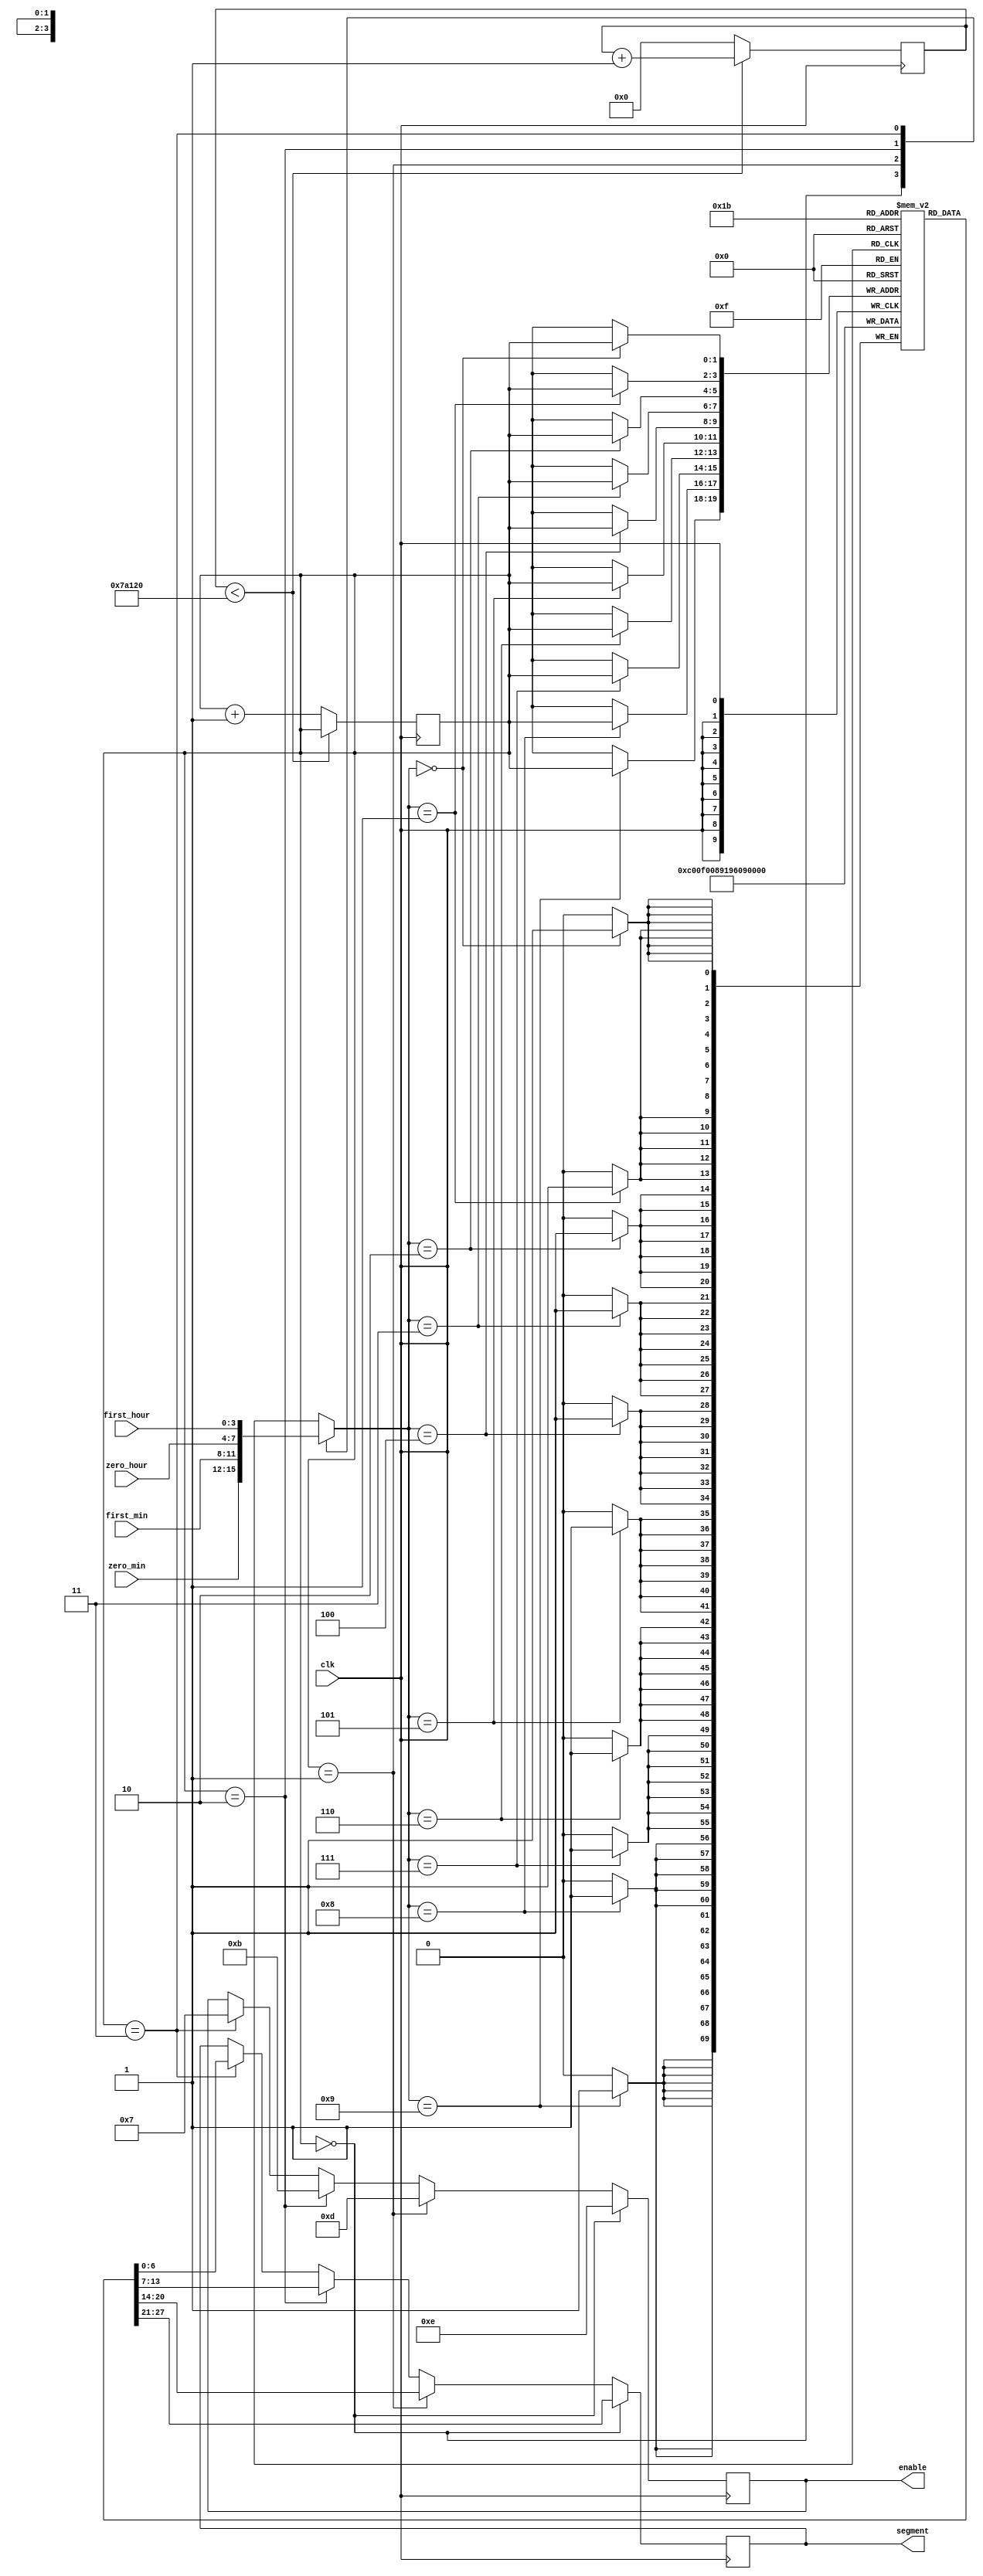
module Seven_Segment(
    input clk, //100MHz
    input [3:0] zero_min,
    input [3:0] first_min,
    input [3:0] zero_hour,
    input [3:0] first_hour,
    output reg [6:0] segment,
    output reg [3:0] enable
    );
    //
    reg [1:0] digit_clk = 0;
    reg [6:0] display_clk [3:0];
    
    reg [18:0] count = 0;
    parameter max_count = 500_000; //half frequency
    wire [3:0] no_to_be_display [3:0];
  
    //assigning values to minutes and hours digits 
      assign no_to_be_display[0] = zero_min;
      assign no_to_be_display[1] = first_min;
      assign no_to_be_display[2] = zero_hour;
      assign no_to_be_display[3] = first_hour;
  
  //slow clk
  
        always @(posedge clk) begin                  
        if (count < max_count) begin
            count <= count+1;
        end else begin
            digit_clk <= digit_clk + 1;
            count <= 0;
        end
   //basys 3 board has active low logic
   
   //converting BCD to seven segment display for clock to  be display on FPGA
     case(no_to_be_display[digit_clk]) 
			 4'b0000 : display_clk[digit_clk] <= 7'b1000000; //0
			 4'b0001 : display_clk[digit_clk] <= 7'b1111001; //1
			 4'b0010 : display_clk[digit_clk] <= 7'b0100100; //2
			 4'b0011 : display_clk[digit_clk] <= 7'b0110000; //3
			 4'b0100 : display_clk[digit_clk] <= 7'b0011001; //4
			 4'b0101 : display_clk[digit_clk] <= 7'b0010010; //5
			 4'b0110 : display_clk[digit_clk] <= 7'b0000010; //6
			 4'b0111 : display_clk[digit_clk] <= 7'b1111000; //7
			 4'b1000 : display_clk[digit_clk] <= 7'b0000000; //8
			 4'b1001 : display_clk[digit_clk] <= 7'b0011000; //9

		 endcase


        if(digit_clk==0) 
        begin  
        enable <= 4'b1110; //enabling zero_min
        segment <= display_clk[0];  
        end
        else if(digit_clk==1) 
        begin  
        enable <= 4'b1101; //enabling first_min
        segment <= display_clk[1];  
        end
        else if(digit_clk==2) 
        begin  
        enable <= 4'b1011; //enabling zero_hour
        segment <= display_clk[2];  
        end
        else if(digit_clk==3) 
        begin  
        enable <= 4'b0111; //enabling first_hour
        segment <= display_clk[3];  
        end
    end 
endmodule